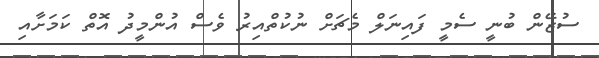
ސުޒޭން ބުނީ ސެމީ ފައިނަލް މެޗަށް ނުކުތްއިރު ވެސް އުންމީދު އޮތް ކަމަށާއި